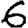
Digit: 6